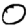
Digit: 0